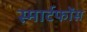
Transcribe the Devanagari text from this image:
स्मार्टफोंस